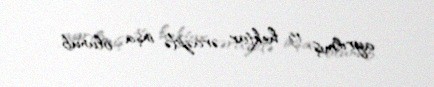
ayrılmış 15 hektar ərazidə inşa olunub.